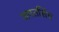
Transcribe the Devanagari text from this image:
जगतसिंघ